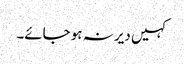
کہیں دیر نہ ہو جائے۔